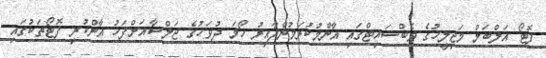
ފޮޓޯ އަލްބަމް މަޖިލީހުގެ ވެބްސައިޓްގައި އާންމުކުރަމުންދާއިރު ހޯމަ ދުވަހުގެ ޖަލްސާއަށްފަހު އާންކުރި ފޮޓޯތަކުގައި